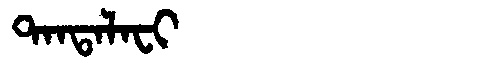
Manchu: ᡨᠠᠨᡨᠠᠯᠠᠸᡳ
Romanization: TANTALAFI